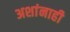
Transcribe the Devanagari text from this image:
अशांनाही